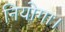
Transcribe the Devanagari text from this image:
नियोगा।